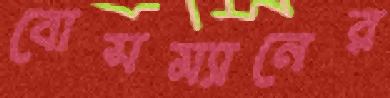
বোসম্যানের